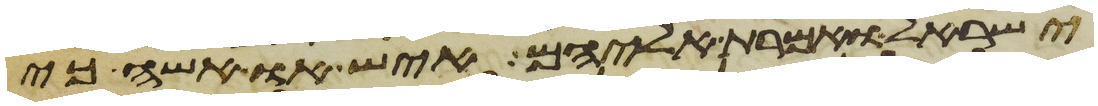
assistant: ישראל ואמרת אליהם איש או אשה כי